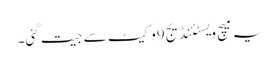
یہ میچ ویسٹئنڈیج9وکیٹ سے جیت گئی۔